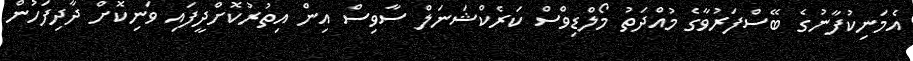
އެމަނިކުފާނުގެ ބޭސްފަރުވާގެ މުއްދަތު މޯލްޑިވްސް ކަރެކްޝަނަލް ސާވިސް އިން އިތުރުކޮށްދީފައި ވަނިކޮށް ދާދިފަހުން